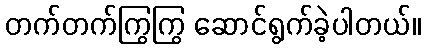
တက်တက်ကြွကြွ ဆောင်ရွက်ခဲ့ပါတယ်။